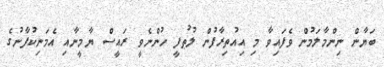
ބަޔާން ނިންމާލަމުން ވެފައިވާ މި އިއުތިރާފުން ލުޠުފީ ހުންނެވީ ރައީސް ޔާމީނާއި އެމަނިކުފާނުގެ